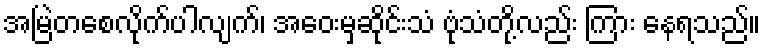
အမြဲတစေလိုက်ပါလျက်၊ အဝေးမှဆိုင်းသံ ဗုံသံတို့လည်း ကြား နေရသည်။